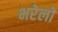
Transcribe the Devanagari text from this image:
भरेलो